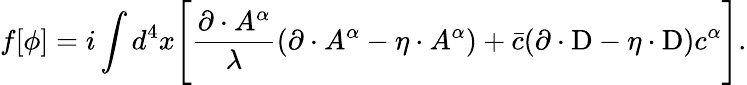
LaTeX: f[\phi]=i\int d^{4}x\Biggl[{\frac{\partial\cdot A^{\alpha}}{\lambda}}(\partial\cdot A^{\alpha}-\eta\cdot A^{\alpha})+{\bar{c}}(\partial\cdot\mathrm{D}-\eta\cdot\mathrm{D})c^{\alpha}\Biggr].